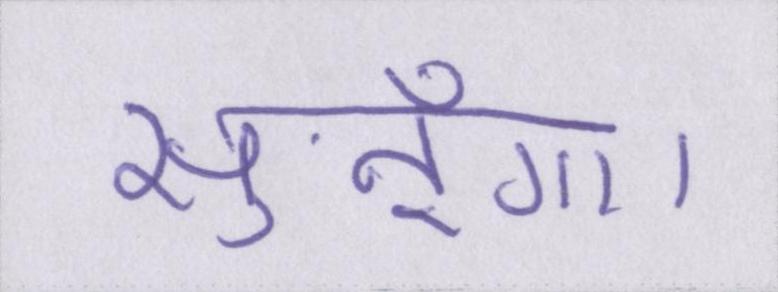
सुनूँगा।